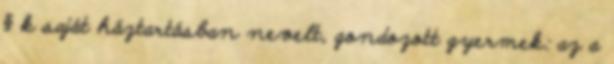
§ k saját háztartásban nevelt, gondozott gyermek: az a